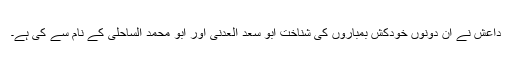
داعش نے ان دونوں خودکش بمباروں کی شناخت ابو سعد العدنی اور ابو محمد الساحلی کے نام سے کی ہے۔